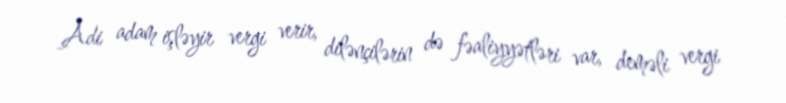
Adi adam işləyir vergi verir, dilənçilərin də fəaliyyətləri var, deməli vergi